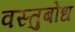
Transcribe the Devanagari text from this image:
वस्तुबोध